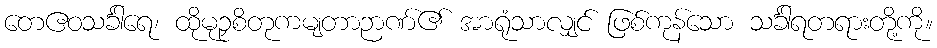
တေဧဝသင်္ခါရေ၊ ထိုမုဉှစိတုကမျတာဉာဏ်၏ အာရုံသာလျှင် ဖြစ်ကုန်သော သင်္ခါရတရားတို့ကို။